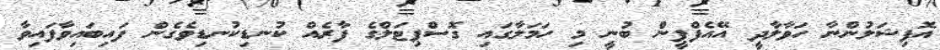
އޮފިޝަލުންނާ ހަވާލާދީ އޭއެފްޕީން ބުނީ މި ހަމަލާގައި ގޮސްޕިޓަލްގެ ފާރެއް ކުނޑިކުނޑިވެގެން ފައިބައިވާފައިވާ